Civil Veterinary Dept. Bombay admin report 1923-31 - 1923-1931
Year: 1923
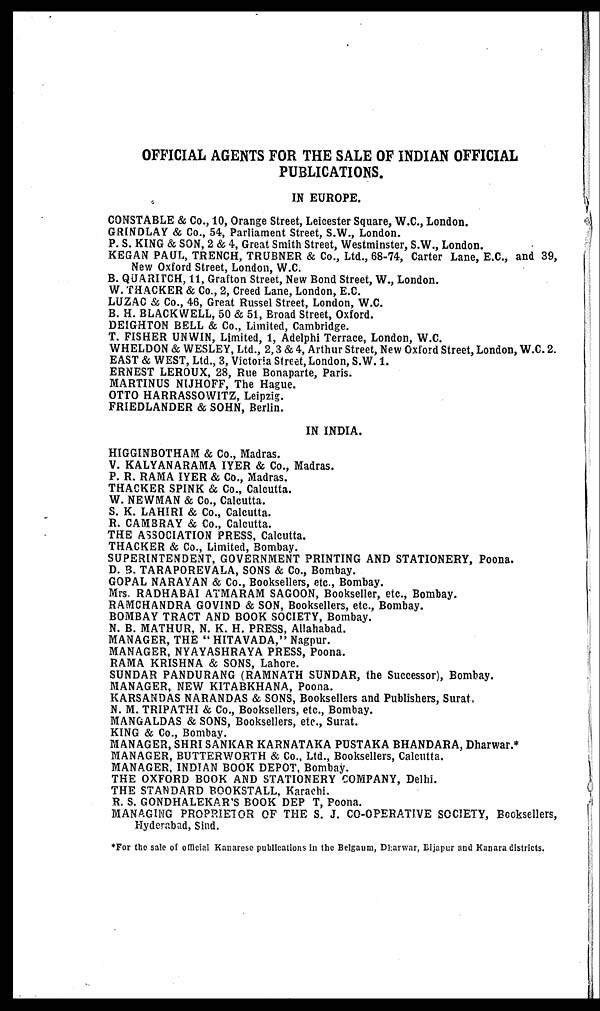
OFFICIAL AGENTS FOR THE SALE OF INDIAN OFFICIAL
PUBLICATIONS.
IN EUROPE.
CONSTABLE & Co., 10, Orange Street, Leicester Square, W.C., London.
GRINDLAY & Co., 54, Parliament Street, S.W., London.
P. S. KING & SON, 2 & 4, Great Smith Street, Westminster, S.W., London.
KEGAN PAUL, TRENCH, TRUBNER & Co., Ltd., 68-74, Carter Lane, E.C., and 39,
New Oxford Street, London, W.C.
B. QUARITCH, 11, Grafton Street, New Bond Street, W., London.
W. THACKER & Co., 2, Creed Lane, London, E.C.
LUZAC & Co., 46, Great Russel Street, London, W.C.
B. H. BLACKWELL, 50 & 51, Broad Street, Oxford.
DEIGHTON BELL & Co., Limited, Cambridge.
T. FISHER UNWIN, Limited, 1, Adelphi Terrace, London, W.C.
WHELDON & WESLEY, Ltd., 2, 3 & 4, Arthur Street, New Oxford Street, London, W.C. 2.
EAST & WEST, Ltd., 3, Victoria Street, London, S.W. 1.
ERNEST LEROUX, 28, Rue Bonaparte, Paris.
MARTINUS NUHOFF, The Hague.
OTTO HARRASSOWITZ, Leipzig.
FRIEDLANDER & SOHN, Berlin.
IN INDIA.
HIGGINBOTHAM & Co., Madras.
V. KALYANARAMA IYER & Co., Madras.
P. R. RAMA IYER & Co., Madras.
THACKER SPINK & Co., Calcutta.
W. NEWMAN & Co., Calcutta.
S. K. LAHIRI & Co., Calcutta.
R. CAMBRAY & Co., Calcutta.
THE ASSOCIATION PRESS, Calcutta.
THACKER & Co., Limited, Bombay.
SUPERINTENDENT, GOVERNMENT PRINTING AND STATIONERY, Poona.
D. B. TARAPOREVALA, SONS & Co., Bombay.
GOPAL NARAYAN & Co., Booksellers, etc., Bombay.
Mrs. RADHABAI ATMARAM SAGOON, Bookseller, etc., Bombay.
RAMCHANDRA GOVIND & SON, Booksellers, etc., Bombay.
BOMBAY TRACT AND BOOK SOCIETY, Bombay.
N. B. MATHUR, N. K. H. PRESS, Allahabad.
MANAGER, THE " HITAVADA," Nagpur.
MANAGER, NYAYASHRAYA PRESS, Poona.
RAMA KRISHNA & SONS, Lahore.
SUNDAR PANDURANG (RAMNATH SUNDAR, the Successor), Bombay.
MANAGER, NEW KITABKHANA, Poona.
KARSANDAS NARANDAS & SONS, Booksellers and Publishers, Surat,
N. M. TRIPATHI & Co., Booksellers, etc., Bombay.
MANGALDAS & SONS, Booksellers, etc., Surat.
KING & Co., Bombay.
MANAGER, SHRI SANKAR KARNATAKA PUSTAKA BHANDARA, Dharwar.*
MANAGER, BUTTERWORTH & Co., Ltd., Booksellers, Calcutta.
MANAGER, INDIAN BOOK DEPOT, Bombay.
THE OXFORD BOOK AND STATIONERY COMPANY, Delhi.
THE STANDARD BOOKSTALL, Karachi.
R. S. GONDHALEKAR'S BOOK DEP T, Poona.
MANAGING PROPRIETOR OF THE S. J. CO-OPERATIVE SOCIETY, Booksellers,
Hyderabad, Sind.
*For the sale of official Kanarese publications in the Belgaum, Dharwar, Bijapur and Kanara districts.